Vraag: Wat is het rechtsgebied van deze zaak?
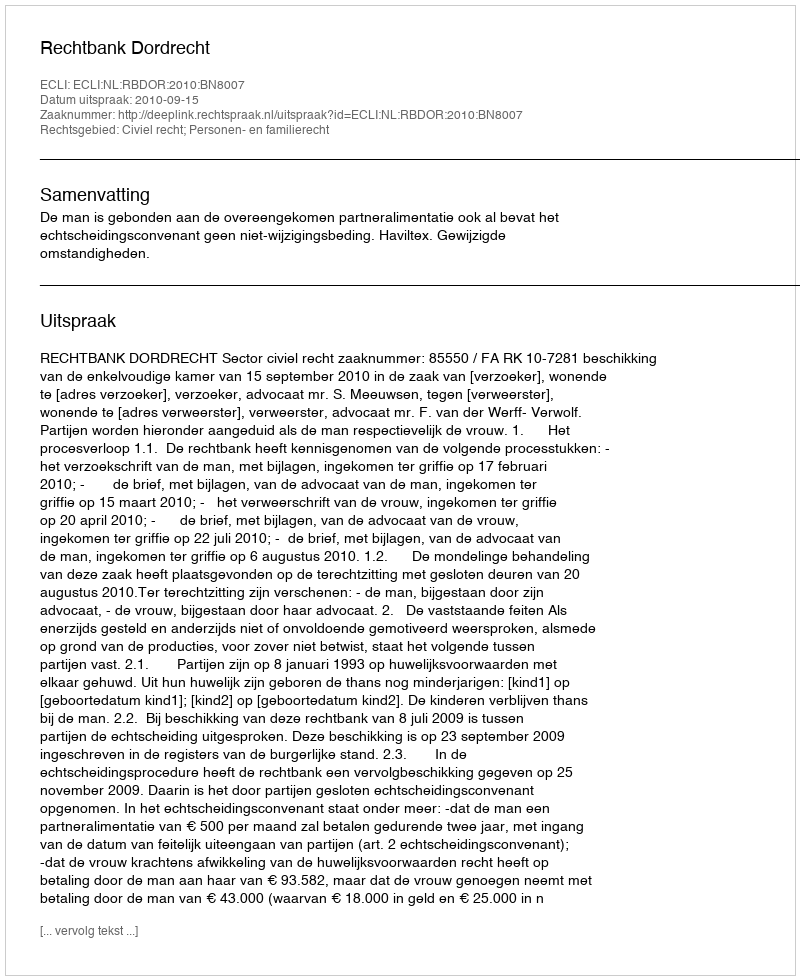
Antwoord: Civiel recht; Personen- en familierecht